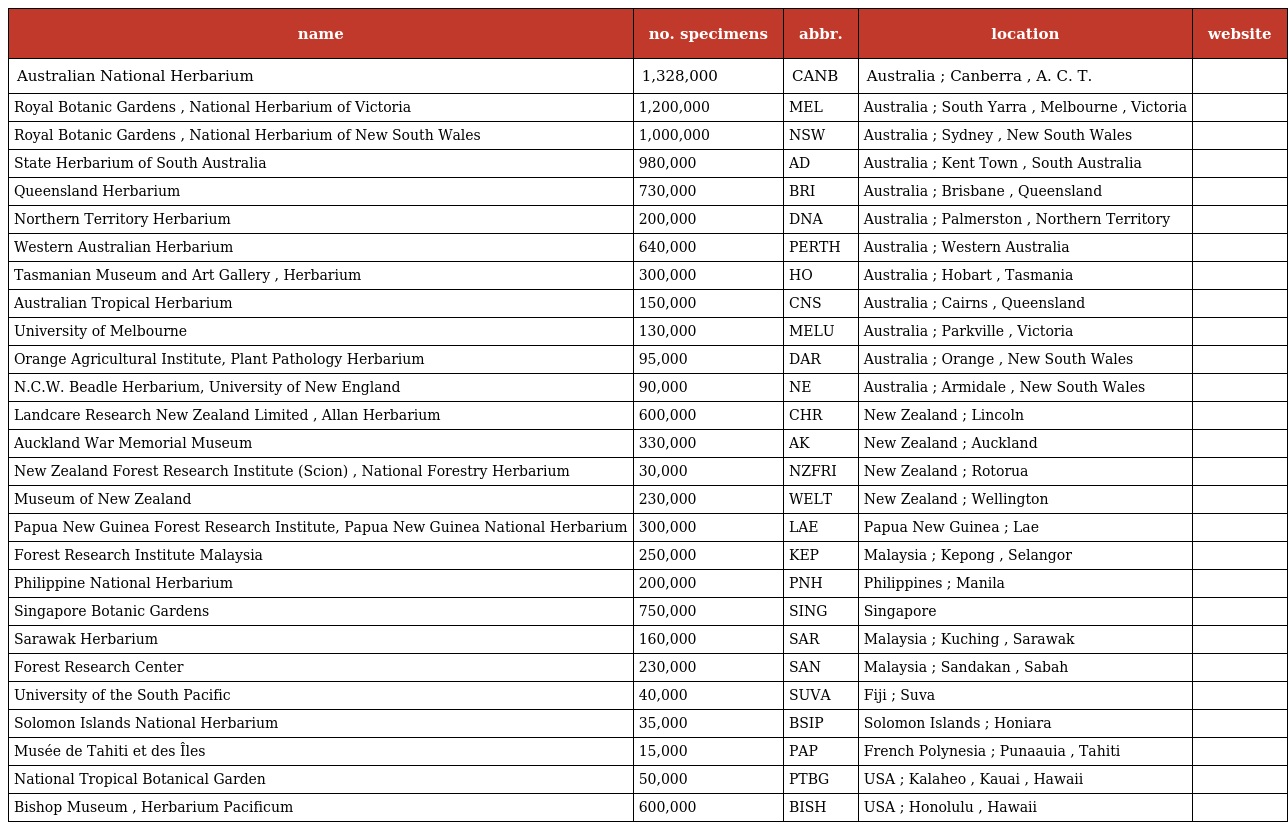
| name | no. specimens | abbr. | location | website |
 | --- | --- | --- | --- | --- |
 | Australian National Herbarium | 1,328,000 | CANB | Australia ; Canberra , A. C. T. |  |
 | Royal Botanic Gardens , National Herbarium of Victoria | 1,200,000 | MEL | Australia ; South Yarra , Melbourne , Victoria |  |
 | Royal Botanic Gardens , National Herbarium of New South Wales | 1,000,000 | NSW | Australia ; Sydney , New South Wales |  |
 | State Herbarium of South Australia | 980,000 | AD | Australia ; Kent Town , South Australia |  |
 | Queensland Herbarium | 730,000 | BRI | Australia ; Brisbane , Queensland |  |
 | Northern Territory Herbarium | 200,000 | DNA | Australia ; Palmerston , Northern Territory |  |
 | Western Australian Herbarium | 640,000 | PERTH | Australia ; Western Australia |  |
 | Tasmanian Museum and Art Gallery , Herbarium | 300,000 | HO | Australia ; Hobart , Tasmania |  |
 | Australian Tropical Herbarium | 150,000 | CNS | Australia ; Cairns , Queensland |  |
 | University of Melbourne | 130,000 | MELU | Australia ; Parkville , Victoria |  |
 | Orange Agricultural Institute, Plant Pathology Herbarium | 95,000 | DAR | Australia ; Orange , New South Wales |  |
 | N.C.W. Beadle Herbarium, University of New England | 90,000 | NE | Australia ; Armidale , New South Wales |  |
 | Landcare Research New Zealand Limited , Allan Herbarium | 600,000 | CHR | New Zealand ; Lincoln |  |
 | Auckland War Memorial Museum | 330,000 | AK | New Zealand ; Auckland |  |
 | New Zealand Forest Research Institute (Scion) , National Forestry Herbarium | 30,000 | NZFRI | New Zealand ; Rotorua |  |
 | Museum of New Zealand | 230,000 | WELT | New Zealand ; Wellington |  |
 | Papua New Guinea Forest Research Institute, Papua New Guinea National Herbarium | 300,000 | LAE | Papua New Guinea ; Lae |  |
 | Forest Research Institute Malaysia | 250,000 | KEP | Malaysia ; Kepong , Selangor |  |
 | Philippine National Herbarium | 200,000 | PNH | Philippines ; Manila |  |
 | Singapore Botanic Gardens | 750,000 | SING | Singapore |  |
 | Sarawak Herbarium | 160,000 | SAR | Malaysia ; Kuching , Sarawak |  |
 | Forest Research Center | 230,000 | SAN | Malaysia ; Sandakan , Sabah |  |
 | University of the South Pacific | 40,000 | SUVA | Fiji ; Suva |  |
 | Solomon Islands National Herbarium | 35,000 | BSIP | Solomon Islands ; Honiara |  |
 | Musée de Tahiti et des Îles | 15,000 | PAP | French Polynesia ; Punaauia , Tahiti |  |
 | National Tropical Botanical Garden | 50,000 | PTBG | USA ; Kalaheo , Kauai , Hawaii |  |
 | Bishop Museum , Herbarium Pacificum | 600,000 | BISH | USA ; Honolulu , Hawaii |  |